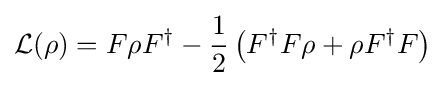
{\mathcal {L}}(\rho )={F\rho F^{\dagger }}-{\frac {1}{2}}\left(F^{\dagger }F\rho +\rho F^{\dagger }F\right)